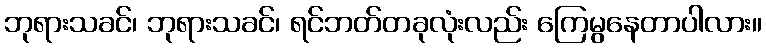
ဘုရားသခင်၊ ဘုရားသခင်၊ ရင်ဘတ်တခုလုံးလည်း ကြေမွနေတာပါလား။